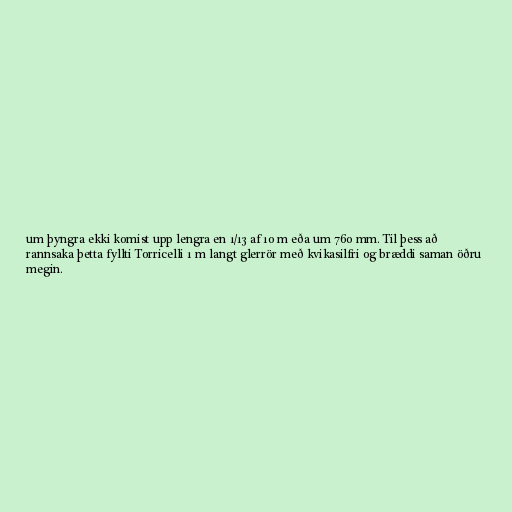
um þyngra ekki komist upp lengra en 1/13 af 10 m eða um 760 mm. Til þess að
rannsaka þetta fyllti Torricelli 1 m langt glerrör með kvikasilfri og bræddi saman öðru
megin.